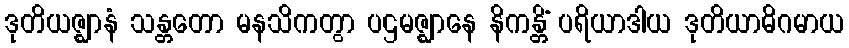
ဒုတိယဇ္ဈာနံ သန္တတော မနသိကတွာ ပဌမဇ္ဈာနေ နိကန္တိံ ပရိယာဒါယ ဒုတိယာဓိဂမာယ